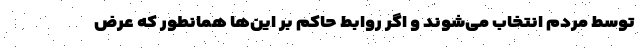
توسط مردم انتخاب می‌شوند و اگر روابط حاکم بر این‌ها همانطور که عرض